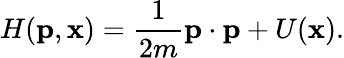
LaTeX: H(\mathbf{p},\mathbf{x})=\frac{1}{2m}\mathbf{p}\cdot\mathbf{p}+U(\mathbf{x}).